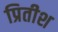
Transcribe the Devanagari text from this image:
प्रितीश